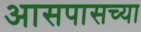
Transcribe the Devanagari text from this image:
अासपासच्या